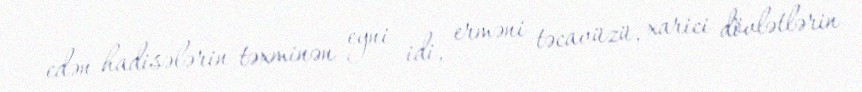
edən hadisələrin təxminən eyni idi, erməni təcavüzü, xarici dövlətlərin